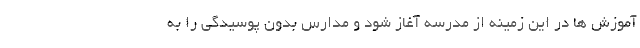
آموزش ها در این زمینه از مدرسه آغاز شود و مدارس بدون پوسیدگی را به